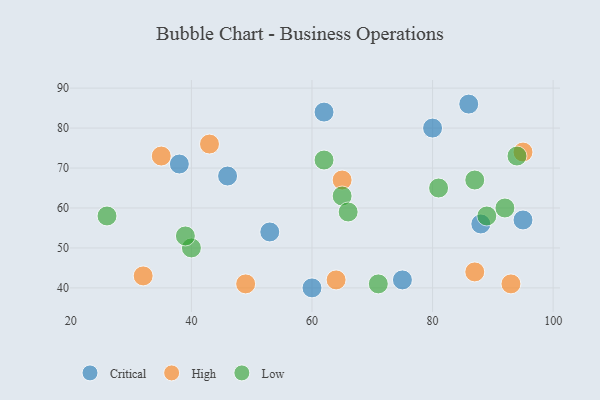
{"axis": {"x": "GDP", "y": "Life Expectancy"}, "legend": ["Critical", "High", "Low"], "data": [{"x": "86", "y": 86, "type": "Critical"}, {"x": "75", "y": 42, "type": "Critical"}, {"x": "46", "y": 68, "type": "Critical"}, {"x": "95", "y": 57, "type": "Critical"}, {"x": "53", "y": 54, "type": "Critical"}, {"x": "38", "y": 71, "type": "Critical"}, {"x": "88", "y": 56, "type": "Critical"}, {"x": "62", "y": 84, "type": "Critical"}, {"x": "60", "y": 40, "type": "Critical"}, {"x": "80", "y": 80, "type": "Critical"}, {"x": "32", "y": 43, "type": "High"}, {"x": "65", "y": 67, "type": "High"}, {"x": "43", "y": 76, "type": "High"}, {"x": "93", "y": 41, "type": "High"}, {"x": "87", "y": 44, "type": "High"}, {"x": "64", "y": 42, "type": "High"}, {"x": "95", "y": 74, "type": "High"}, {"x": "49", "y": 41, "type": "High"}, {"x": "35", "y": 73, "type": "High"}, {"x": "40", "y": 50, "type": "Low"}, {"x": "62", "y": 72, "type": "Low"}, {"x": "71", "y": 41, "type": "Low"}, {"x": "89", "y": 58, "type": "Low"}, {"x": "81", "y": 65, "type": "Low"}, {"x": "87", "y": 67, "type": "Low"}, {"x": "92", "y": 60, "type": "Low"}, {"x": "65", "y": 63, "type": "Low"}, {"x": "66", "y": 59, "type": "Low"}, {"x": "94", "y": 73, "type": "Low"}, {"x": "39", "y": 53, "type": "Low"}, {"x": "26", "y": 58, "type": "Low"}]}